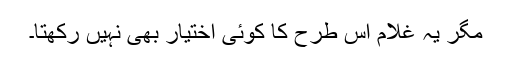
مگر یہ غلام اس طرح کا کوئی اختیار بھی نہیں رکھتا۔